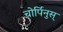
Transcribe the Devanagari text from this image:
चोर्पिनुस्